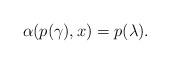
LaTeX: \begin{align*} \alpha(p(\gamma),x)=p(\lambda). \end{align*}